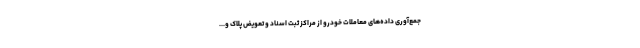
جمع‌آوری داده‌های معاملات خودرو از مراکز ثبت اسناد و تعویض پلاک و...